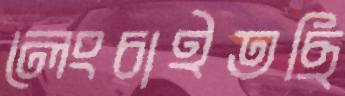
লেংচাইতছি